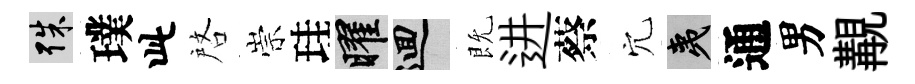
殊璞此啓崇珪曜回既进蔡穴夷通男覯